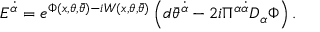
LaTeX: { E } ^ { \dot { \alpha } } = e ^ { \Phi ( x , \theta , \bar { \theta } ) - i W ( x , \theta , \bar { \theta } ) } \left( d \bar { \theta } ^ { \dot { \alpha } } - { 2 i } \Pi ^ { \alpha \dot { \alpha } } D _ { \alpha } \Phi \right) .